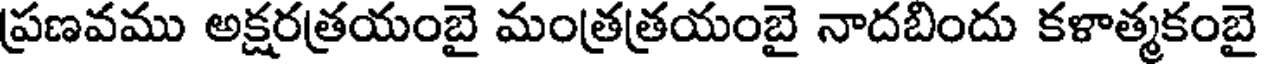
ప్రణవము అక్షరత్రయంబై మంత్రత్రయంబై నాదబిందు కళాత్మకంబై